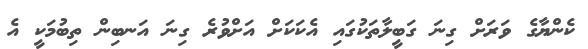
ކެންޔާގެ ވަރަށް ގިނަ ގަބީލާތަކުގައި އެކަކަށް އަށްވުރެ ގިނަ އަނބިން ތިބުމަކީ އެ